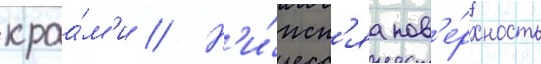
краа́м'и // Н'и́жн'яа пов'е́рхность